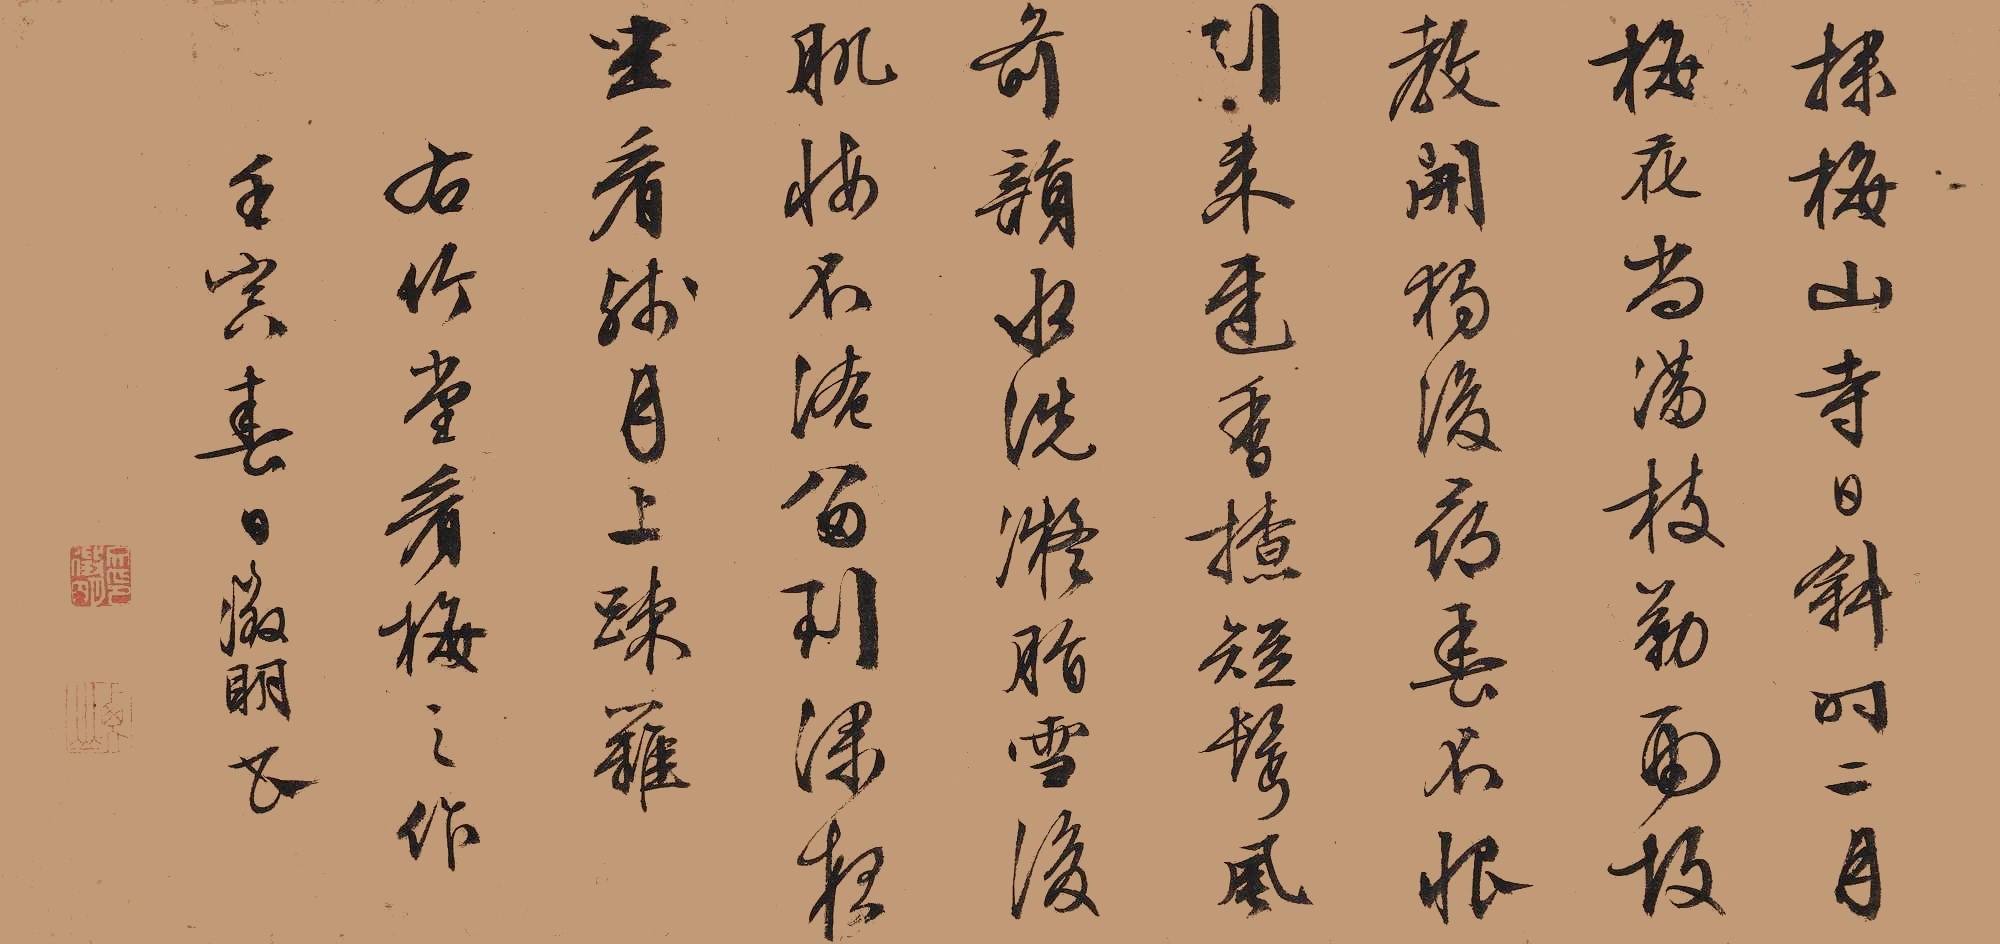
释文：探梅山寺日斜时，二月梅花尚满枝。勒雨故教开独后，寻春不恨到来迟。香撩短鬓风前韵，水洗微脂雪后肌。悔不淹留到深夜，坐看残月上踈篱。右竹堂看梅之作。壬寅春日征明书。